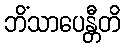
ဘိံသာပေန္တီတိ